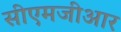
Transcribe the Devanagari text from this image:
सीएमजीआर